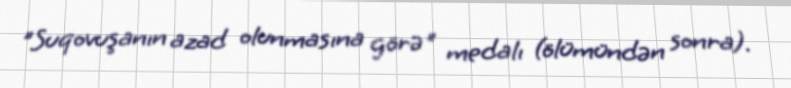
"Suqovuşanın azad olunmasına görə" medalı (ölümündən sonra).